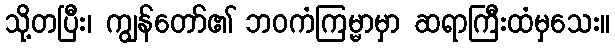
သို့တပြီး၊ ကျွန်တော်၏ ဘဝကံကြမ္မာမှာ ဆရာကြီးထံမှသေး။